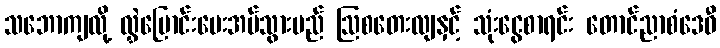
သဘောကျလို့ လွှဲပြောင်းပေးအပ်သွားမည် ဩစတေးလျနှင့် သုံးငွေစာရင်း တောင်ညာစံဒေဝီ